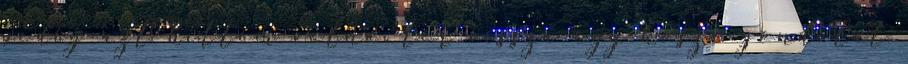
pedig azt hittem volna. tér vissza egy kósza gondolat